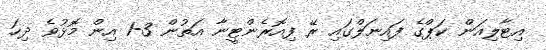
އިޓާލިއަން ކަޕްގެ ފައިނަލްގައި ރޭ ފިއޮރެންޓީނާ އަތުން 3-1 އިން މޮޅުވެ ދިހަ